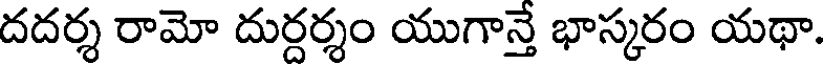
దదర్శ రామో దుర్దర్శం యుగాన్తే భాస్కరం యథా.